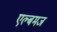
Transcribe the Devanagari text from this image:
एल्बमज